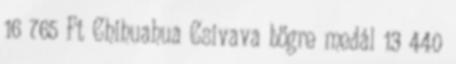
16 765 Ft Chihuahua Csivava bögre medál 13 440